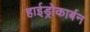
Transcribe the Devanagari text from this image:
हाईड्रोकार्बन